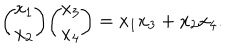
{ \binom { x _ { 1 } } { x _ { 2 } } } { \binom { x _ { 3 } } { x _ { 4 } } } = x _ { 1 } x _ { 3 } + x _ { 2 } x _ { 4 } .